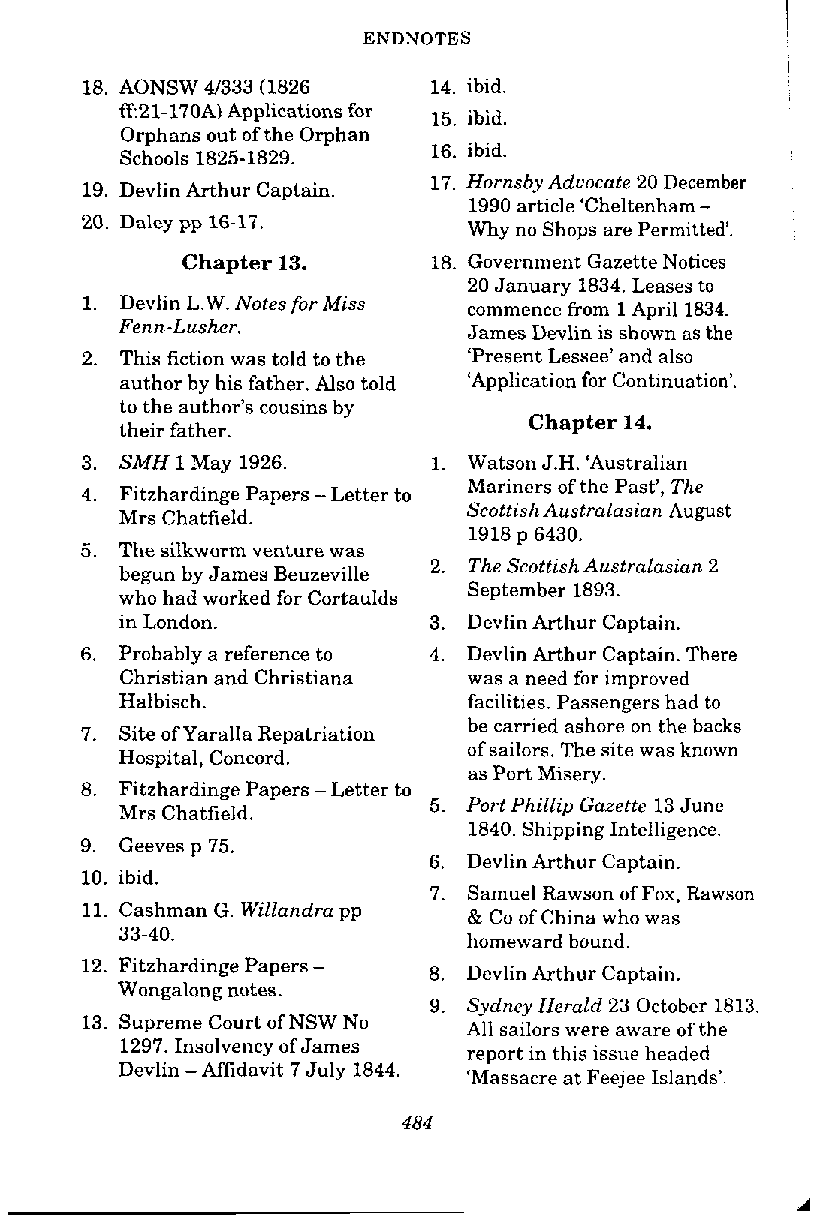
ENDNOTES
 18. AONSW 41333 (1826  14. ibid.
 E21-170A) Applications for
 15. ibid.
 Orphans out of the Orphan
 16. ibid.
 Schools 1825-1829.
 17. Hornsby Advocate 20 December
 19. Devlin Arthur Captain.
 1990 article 'Cheltenham -
 20. Daley pp 16-17.       Why no Shops are Permitted'.
 Chapter 13.      18. Government Gazette Notices
 20 January 1834. Leases to
 1. Devlin L.W. Notes for Miss commence from 1 April 1834.
 Fenn-Lusher.
 James Devlin is shown as the
 2. This fiction was told to the 'Present Lessee' and also
 author by his father. Also told 'Application for Continuation'.
 to the author's cousins by
 Chapter 14.
 their father.
 3. SMH 1 May 1926.      1. Watson J.H. 'Australian
 Mariners of the Past', The
 4. Fitzhardinge Papers -Letter to
 Scottish Australasian August
 Mrs Chatfield.
 1918 p 6430.
 5. The silkworm venture was
 The Scottish Australasian 2
 begun by James Beuzeville 2.
 September 1893.
 who had worked for Cortaulds
 in London.          3. Devlin Arthur Captain.
 6. Probably a reference to 4. Devlin Arthur Captain. There
 Christian and Christiana was a need for improved
 Halbisch.              facilities. Passengers had to
 be carried ashore on the backs
 7. Site of Yaralla Repatriation
 of sailors. The site was known
 Hospital, Concord.
 as Port Misery.
 8. Fitzhardinge Papers -Letter to
 Port Phillip Gazette 13 June
 Mrs Chatfield.      5.
 1840. Shipping Intelligence.
 9. Geeves p 75.
 6. Devlin Arthur Captain.
 10. ibid.
 7. Samuel Rawson of Fox, Rawson
 11. Cashman G. Willandra pp
 & Co of China who was
 33-40.
 homeward bound.
 12. Fitzhardinge Papers - 8. Devlin Arthur Captain.
 Wongalong notes.
 9. Sydney Herald 23 October 1813
 13. Supreme Court of NSW No
 All sailors were aware of the
 1297. Insolvency of James
 report in this issue headed
 Devlin -Affidavit 7 July 1844.
 'Massacre at Feejee Islands'.